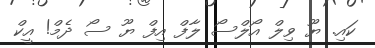
ކައި. ޔޫ ވިލް އޯލްސޯ ލާފް އިފް ޔޫ ސޯ ދެމް! އީކް